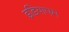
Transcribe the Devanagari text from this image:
इडियापम